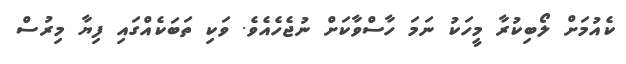
ކެއުމަށް ލޯބިކުރާ މީހަކު ނަމަ ހާސްވާކަށް ނުޖެހެއެވެ. ވަކި ތަބަކެއްގައި ފިޔާ މިރުސް